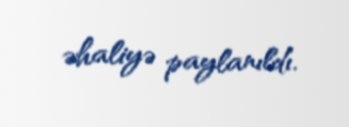
əhaliyə paylanıldı.